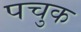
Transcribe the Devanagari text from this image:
पचुक